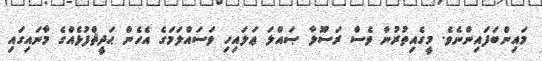
މައިންބަފައިންނެވެ. މީގެއިތުރުން ވެސް ރަސޫލާ ޞައްލަ ޢަލައިހި ވަސައްލަމަގެ އެހެން ޙަދީޘްފުޅެއްގެ މާނައިގައި